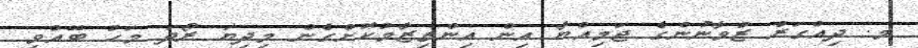
މ. ދިއްގަރު ޒުވާނުންގެ ޖަމިއްޔާ އިން އިންތިޒާމުކޮށްގެން މިދިޔަ ރޯދަ މަހު ބޭއްވި